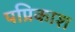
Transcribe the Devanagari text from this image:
पप्रिकाश